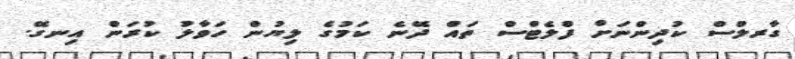
ގާރލްސް ކުދިންނަށް ފްލެޓްސް ތައް ދޭނެ ކަމުގެ ލިޔުން ހަވާލު ކުރަން އިނގޭ.